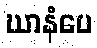
ဃာနံပေ